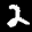
Label: 2